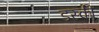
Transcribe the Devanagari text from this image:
डस्की